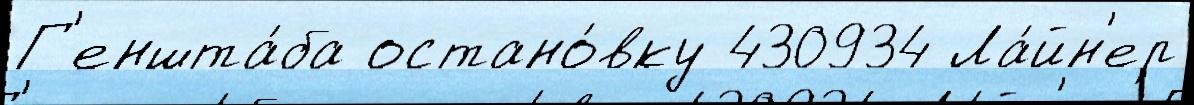
Г'еншта́ба остано́вку 430934 Ла́йн'ер